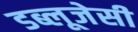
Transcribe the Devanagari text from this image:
डब्लूजेसी